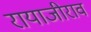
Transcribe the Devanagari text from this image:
रायाजीराव